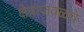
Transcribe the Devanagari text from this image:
क्षेत्राजवळचे